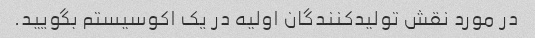
در مورد نقش تولیدکنندگان اولیه در یک اکوسیستم بگویید.